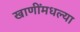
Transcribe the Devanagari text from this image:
खाणींमधल्या